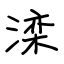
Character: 滦